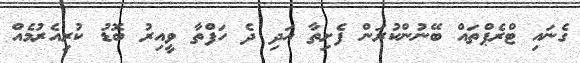
ގެނައި ޓްރެޕްތައް ބޭނުންކުރަން ފެށިތާ އަދި ދެ ހަފްތާ ވީއިރު ބޮޑު ކުރިއެރުމެއް